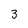
Character: 3